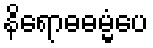
နိရောဓဓမ္မံပေ